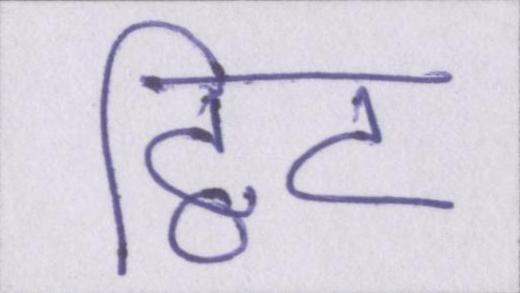
ट्विट